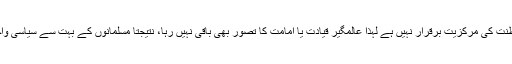
اب چونکہ اسلامی سلطنت کی مرکزیت برقرار نہیں ہے لہٰذا عالمگیر قیادت یا امامت کا تصور بھی باقی نہیں رہا، نتیجتاً مسلمانوں کے بہت سے سیاسی واحدے پیدا ہو گئے ہیں۔